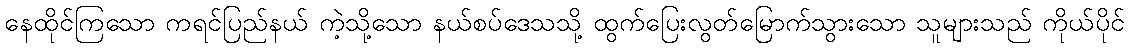
နေထိုင်ကြသော ကရင်ပြည်နယ် ကဲ့သို့သော နယ်စပ်ဒေသသို့ ထွက်ပြေးလွတ်မြောက်သွားသော သူများသည် ကိုယ်ပိုင်